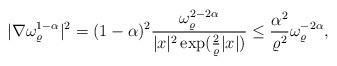
LaTeX: \begin{align*}|\nabla\omega_{\varrho}^{1-\alpha}|^2=(1-\alpha)^2\frac{\omega_{\varrho}^{2-2\alpha}}{|x|^2\exp(\frac{2}{\varrho}|x|)}\leq\frac{\alpha^2}{\varrho^2}\omega_{\varrho}^{-2\alpha},\end{align*}